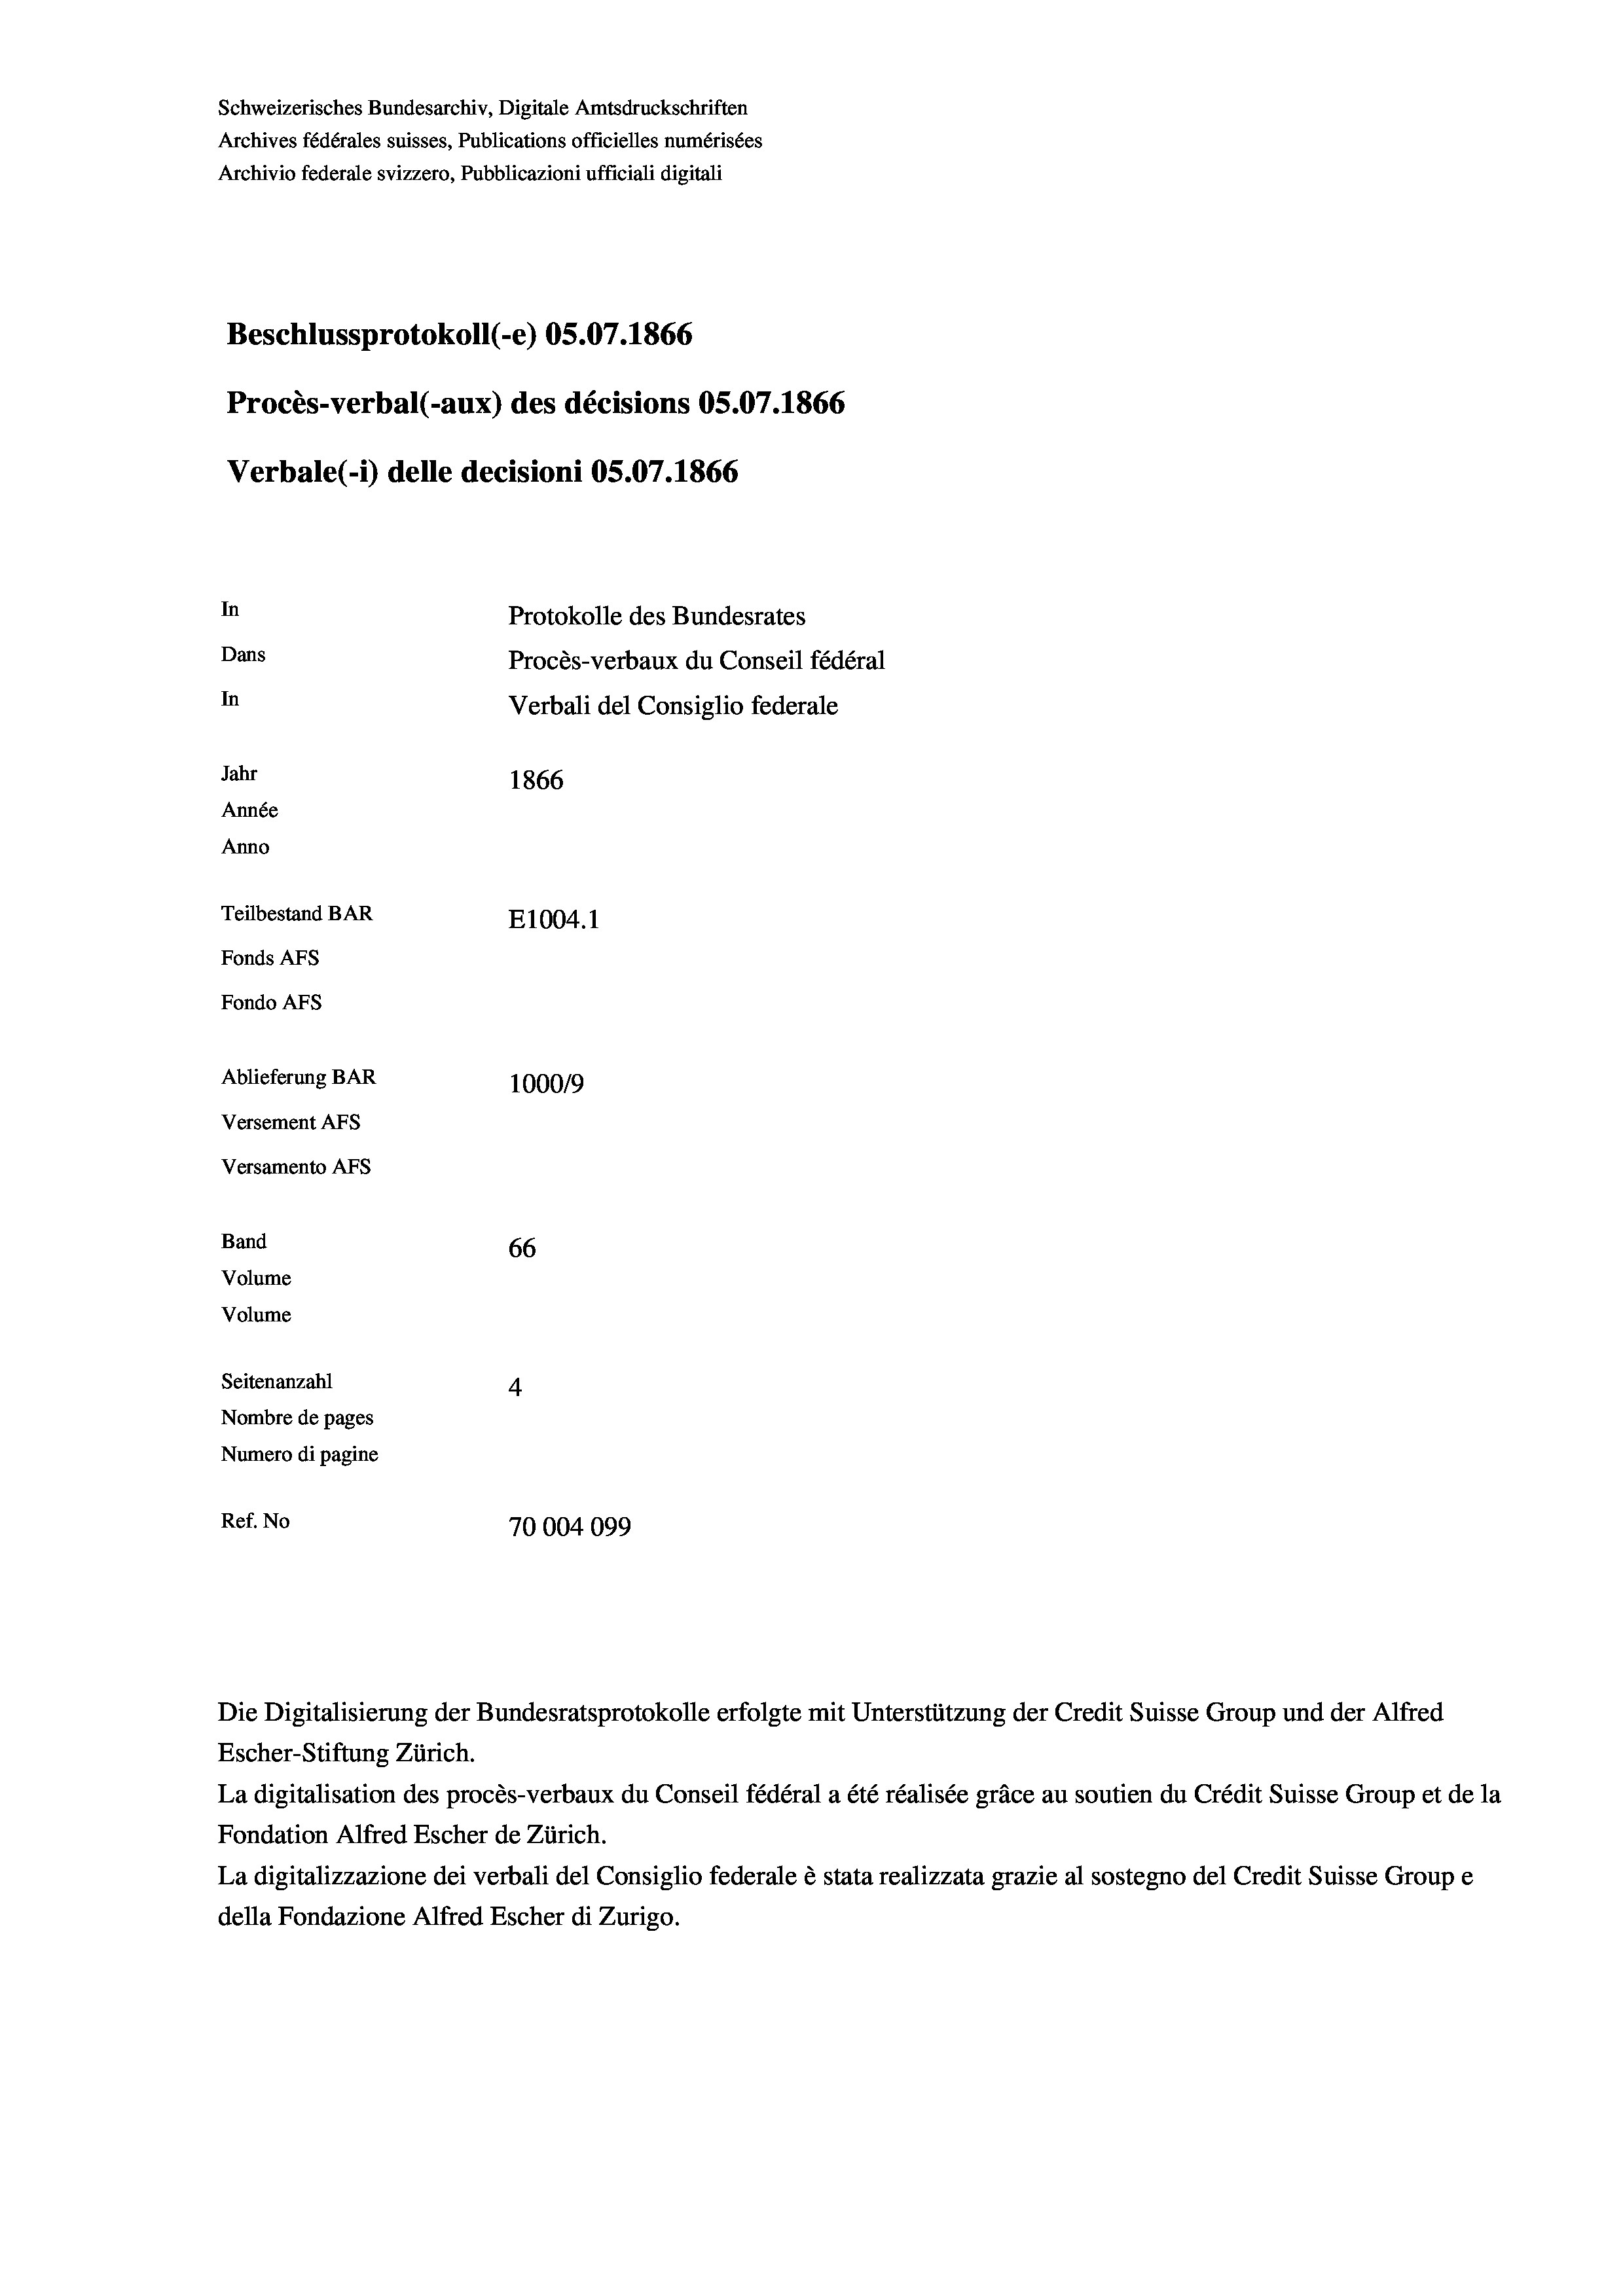
Schweizerisches Bundesarchiv, Digitale Amtsdruckschriften
Archives fédérales suisses, Publications officielles numérisées
Archivio federale svizzero, Pubblicazioni ufficiali digitali
Beschlussprotokoll (-e) 05.07. 1866
Procès-verbal (-aux) des décisions OS.07.1866
Verbale (- 1) delle decisioni OS.07. 1866
In
Protokolle des Bundesrates
Dans
Procès-verbaux du Conseil fédéral
In
Verbali del Consiglio federale
Jahr
1866
Année
Anno
Teilbestand BAR
E1004. 1
Fonds AFs
Fondo AFs
Ablieferung BAR
100019
Versement Abs
Versamento Afs
Band
66
Volume
Volume
Seitenanzahl
4

Nombre de pages
Numero di pagine
Ref. No
70004099

Escher-Stiftung Zürich.
La digitalisation des procès-verbaux du Conseil fédéral a été réalisée gräce au soutien du Crédit Suisse Group et de la
Fondation Alfred Escher de Zürich.
La digitalizzazione dei verbali del Consiglio federale è stata realizzata grazie al sostegno del Credit Suisse Groupe
della Fondazione Alfred Escher di Zurigo.

Die Digitalisierung der Bundesratsprotokolle erfolgte mit Unterstützung der Credit Suisse Group und der Alfred